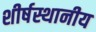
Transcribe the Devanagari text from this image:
शीर्षस्थानीय